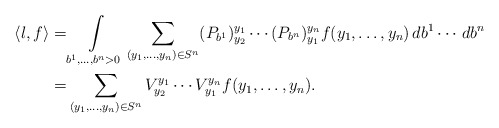
\begin{align*}\langle l,f\rangle=&\int\limits_{b^1,\ldots,b^n>0}\sum\limits_{(y_1,\ldots,y_n)\in S^n}(P_{b^1})^{y_1}_{y_2}\cdots(P_{b^n})^{y_n}_{y_1}f(y_1,\ldots,y_n)\,db^1\cdots\,db^n\\=&\sum\limits_{(y_1,\ldots,y_n)\in S^n}V^{y_1}_{y_2}\cdots V^{y_n}_{y_1}f(y_1,\ldots,y_n).\end{align*}